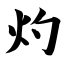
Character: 灼